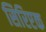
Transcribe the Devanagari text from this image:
सिरिएक